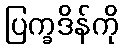
ပြက္ခဒိန်ကို